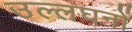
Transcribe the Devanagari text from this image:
उल्लघनों